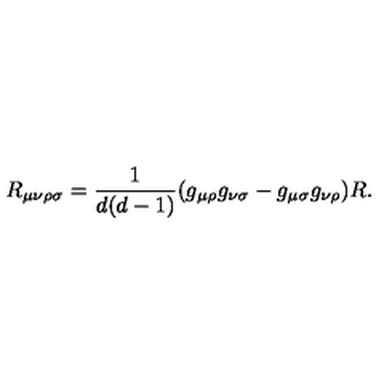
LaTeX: R _ { \mu \nu \rho \sigma } = \frac { 1 } { d ( d - 1 ) } ( g _ { \mu \rho } g _ { \nu \sigma } - g _ { \mu \sigma } g _ { \nu \rho } ) R .